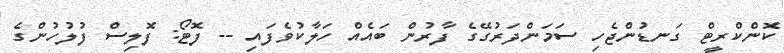
ކޮންކްރީޓް ގަނޑުންޖެހި ސަމަންދަރުގޭގެ ފާރުން ބައެއް ހަލާކުވެފައި -- ފޮޓޯ: ފޮލިސް ފުލުހުންގެ